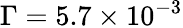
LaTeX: \Gamma=5.7\times 10^{-3}